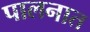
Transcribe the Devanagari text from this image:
पालनात